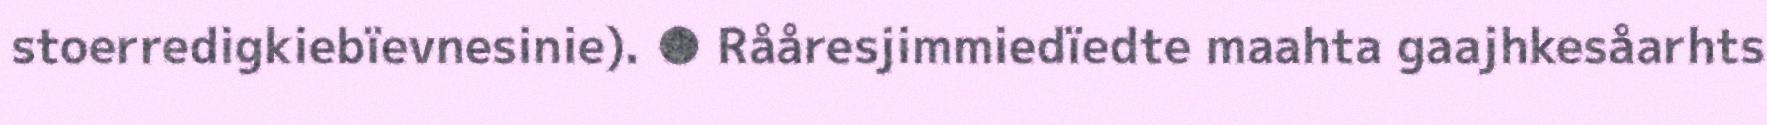
stoerredigkiebïevnesinie). ● Rååresjimmiedïedte maahta gaajhkesåarhts